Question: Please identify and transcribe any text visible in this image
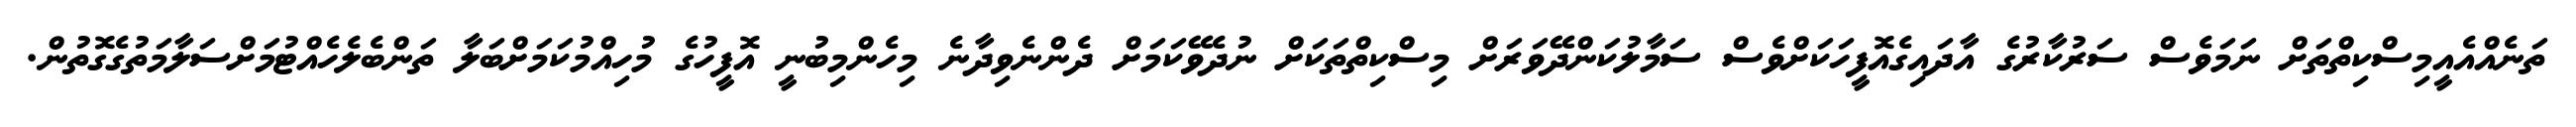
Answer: ތަނެއްއެއީމިސްކިތްތަށް ނަމަވެސް ސަރުކާރުގެ އާދައިގެއޮފީހަކަށްވެސް ސަމާލުކަންދޭވަރަށް މިސްކިތްތަކަށް ނުދެވޭކަމަށް ދެންނެވިދާނެ މިހެންމިބުނީ އޮފީހުގެ މުހިއްމުކަމަށްބަލާ ތަންބެލެހެއްޓުމަށްސަލާމަތުގެގޮތުން.